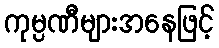
ကုမ္ပဏီများအနေဖြင့်